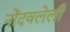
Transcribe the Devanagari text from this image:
नोेंदवलेली